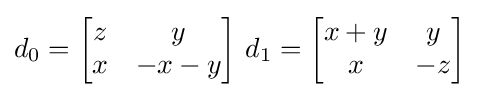
d_{0}={\begin{bmatrix}z&y\\x&-x-y\end{bmatrix}}{\text{ }}d_{1}={\begin{bmatrix}x+y&y\\x&-z\end{bmatrix}}